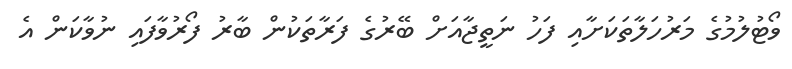
ވޯޓުލުމުގެ މަރުހަލާތަކަށާއި ފަހު ނަތީޖާއަށް ބޭރުގެ ފަރާތަކުން ބާރު ފޯރުވާފައި ނުވާކަން އެ